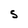
Character: S